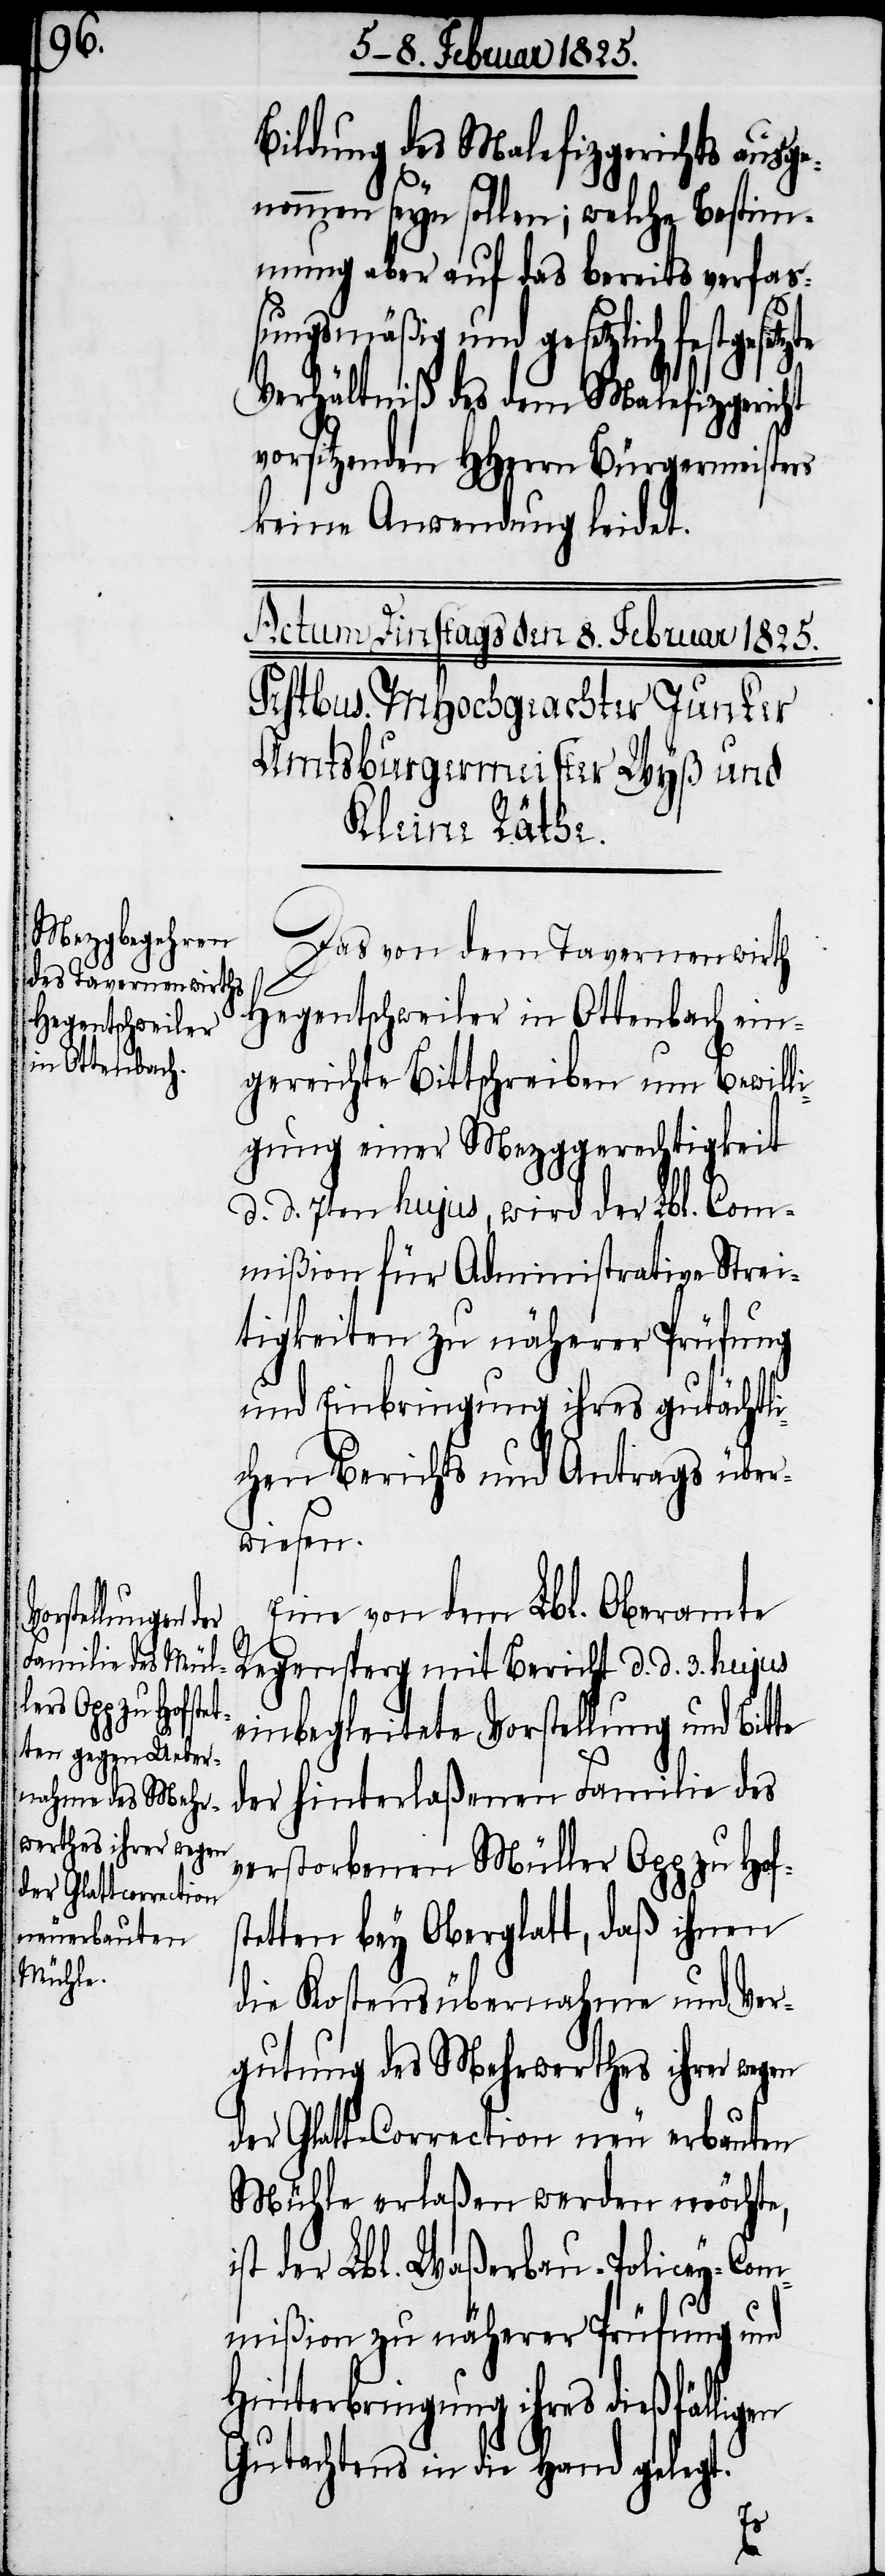
Bildung des Malefizgerichts ausge¬
nommen seyn sollen; welche Bestim¬
mung aber auf das bereits verfa¬
ßungsmäßig und gesetzlich festg¬
Verhältniß des dem Malefizgericht
vorsitzenden HHerrn Bürgermeisters
keine Anwendung leidet.
Das von dem Tavernenwirth
Hegentschweiler in Ottenbach ein¬
gereichte Bittschreiben um Bewill¬
igung einer Mezggerechtigkeit
d. d. 7ten hujus, wird der Lbl. Com¬
mißion für Administrative Strei¬
tigkeiten zu näherer Prüfung
und Einbringung ihres gutächtli¬
chen Berichts und Antrags über¬
wiesen.
Eine von dem Lbl. Oberamte
esetzte
Regensperg mit Bericht d. d. 3. hujus
einbegleitete Vorstellung und Bit¬
der hinterlaßenen Familie des
verstorbenen Müller Opp zu Hof¬
tetten bey Oberglatt, daß ihnen
die Kostensübernahme und Ver¬
gutung des Mehrwerthes ihrer wegen
der Glatt-Correction neu erbauten
Mühle erlaßen werden möchte,
ist der Lbl. Waßerbau-Policey-Com¬
mißion zu näherer Prüfung und
Hinterbringung ihres dießfälligen
Gutachtens in die Hand gelegt.
s¬